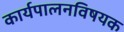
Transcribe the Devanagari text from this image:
कार्यपालनविषयक